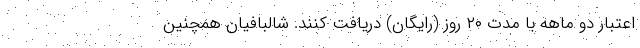
اعتبار دو ماهه با مدت ۲۰ روز (رایگان) دریافت کنند. شالبافیان همچنین